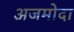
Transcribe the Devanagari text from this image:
अजमोदा